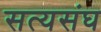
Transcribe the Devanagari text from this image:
सत्यसंघ